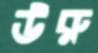
উরু